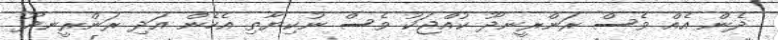
ދެން އެއް ވެސް ރަންރީނދޫ ކުއްޖަކު ވެސް ނުކިޔާތި އެހެން އަދި ރަންރީނދޫ